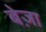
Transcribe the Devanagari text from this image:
बेज़ा